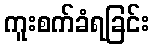
ကူးစက်ခံရခြင်း